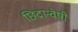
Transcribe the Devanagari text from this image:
छिद्रान्वेषी